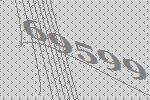
69599